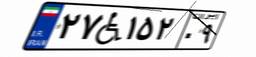
۲۷W۱۵۲۰۹